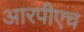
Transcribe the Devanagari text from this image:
आरपीएच